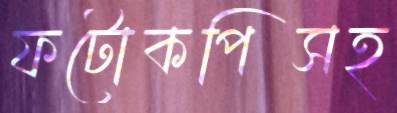
ফটোকপিসহ